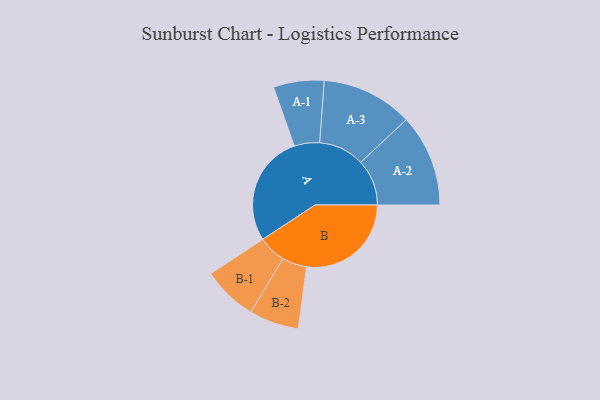
{"axis": {"x": "Segment", "y": "Value"}, "legend": ["", "A", "B"], "data": [{"x": "A", "y": 497, "type": ""}, {"x": "B", "y": 467, "type": ""}, {"x": "A-1", "y": 113, "type": "A"}, {"x": "A-2", "y": 206, "type": "A"}, {"x": "A-3", "y": 204, "type": "A"}, {"x": "B-1", "y": 123, "type": "B"}, {"x": "B-2", "y": 111, "type": "B"}]}